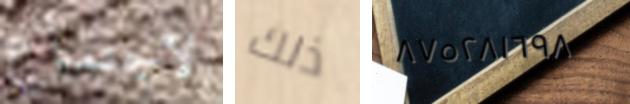
لاجتماع ذلك ٨٧٥٢٨١٦٩٨